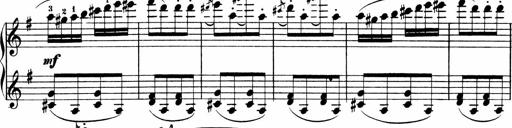
Title: 3 Sonatinen
Composer: Heinrich Lichner